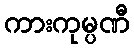
ကားကုမ္ပဏီ